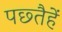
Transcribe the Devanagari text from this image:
पछ्तैहें